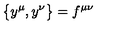
\bigl \{ y ^ { \mu } , y ^ { \nu } \bigr \} = f ^ { \mu \nu }